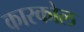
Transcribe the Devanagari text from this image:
कारकोल